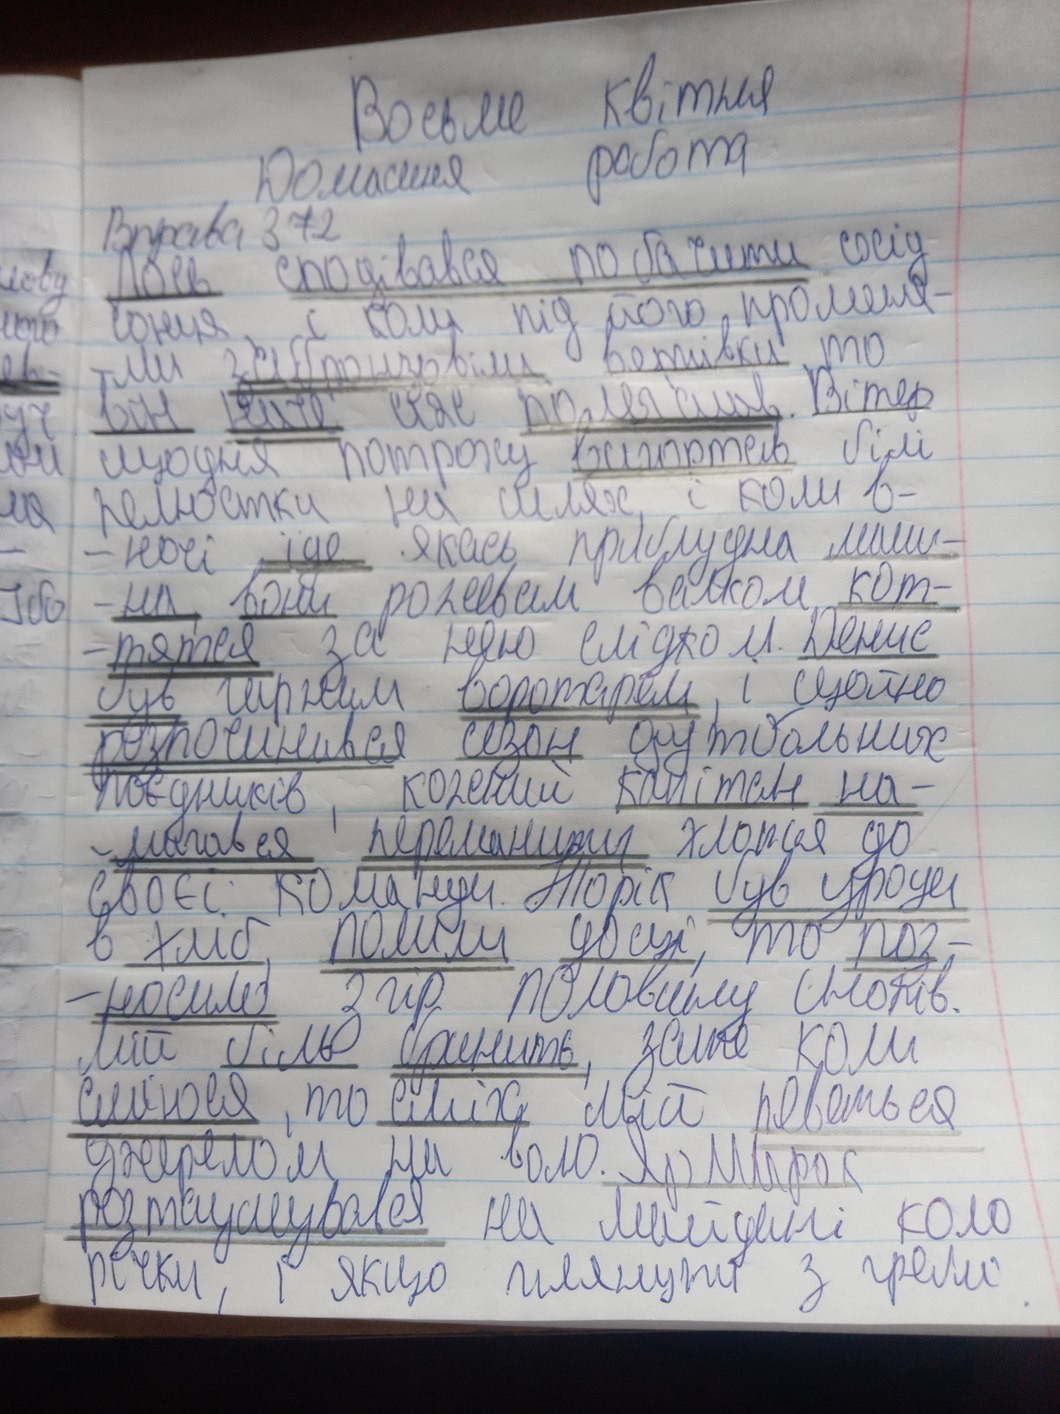
Восьме квітня
Домашня робота
Вправа 372
Лось сподівався побачити схід
сонця, і коли під його променя-
лого
-ми забронзовіли верхівки то
ев-
він наче  аж полегшав. Вітер
уч
щодня потроху вигортав білі
ом
пелюстки на шлях, і коли в-
ла
- ночі їде якась приблудна маш-
- на вони рожевим валком кот-
Ібо
-тяться за нею слідком. Денис
був гарним воротарем, і щойно
розпочинався сезон футбольних
поєдинків, кожний капітан на-
- намагався переманити хлопця до
своєї команди. Торік був уроди
в хліб, полили дощі, то роз-
-носило з гір половину снопів.
Мій біль бринить, зате коли
сміюся,  то сміх мій реветься
джерелом на волю. Ярмарок
розташувався на Майдані коло
річки, і якщо глянути з греблі.